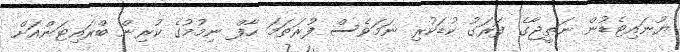
ޔުނައިޓެޑުން ނަތީޖާގެ ފަރަގު ކުޑަކުރި ނަމަވެސް ފުރަތަމަ ހާފް ނިމުމުގެ ކުރިން ބްރައިޓަންއަށް